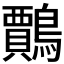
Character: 𪆲